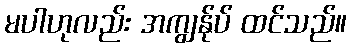
မပါဟုလည်း အကျွန်ုပ် ထင်သည်။